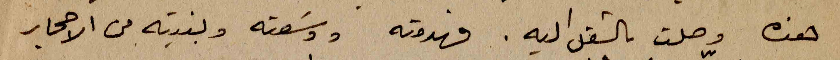
هذه وصلت بالشغل اليه. فهدمته ووسَعته وبنيته من الاحجار